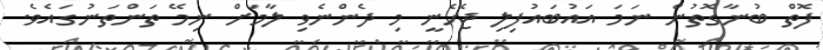
ފޮތް ބުނާގޮތުން ނަމަ އައުބައުފިލި ޖެހެނީ މި ދެންނެވި ލާމަށް ނިމޭ ތަންތަނުގައެވެ.